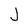
Character: J